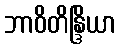
ဘာဝိတိန္ဒြိယာ